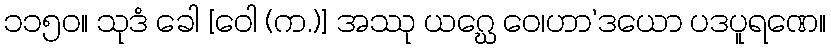
၁၁၅၀။ သုဒံ ခေါ [ဝေါ (က.)] အဿု ယဂ္ဃေ ဝေ၊ဟာ’ဒယော ပဒပူရဏေ။